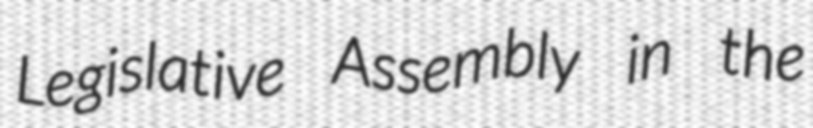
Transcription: Legislative Assembly in the